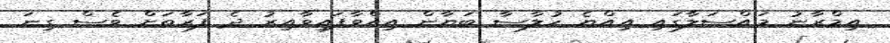
އިމްރާނު މައްސަލާގައި އިއްޔެ ހުލާސާ ބަޔާން އިއްވާފައިވާއިރު ދެ ފަރާތަށް ވެސް ގިނަ